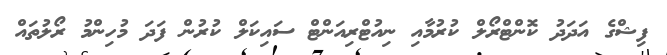
ފިޝްގެ އަދަދު ކޮންޓްރޯލް ކުރުމާއި ނިއުޓްރިއަންޓް ސައިކަލް ކުރުން ފަދަ މުހިންމު ރޯލުތައް